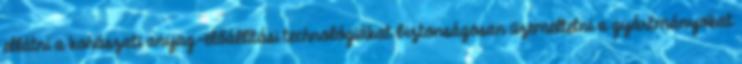
ellátni a kohászati anyag-előállítási technológiákat biztonságosan üzemeltetni a gyártmányokat